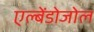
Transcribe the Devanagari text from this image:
एल्बेंडोजोल